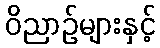
ဝိညာဉ်များနှင့်